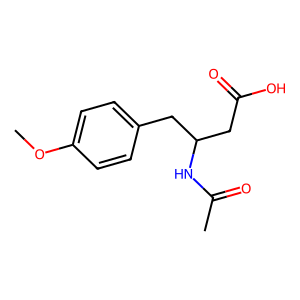
SMILES: COc1ccc(CC(CC(=O)O)NC(C)=O)cc1
Inhibits HIV replication: No